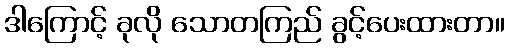
ဒါကြောင့် ခုလို သောတကြည် ခွင့်ပေးထားတာ။